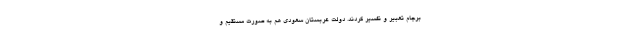
برجام تعبیر و تفسیر کردند. دولت عربستان سعودی هم به صورت مستقیم و